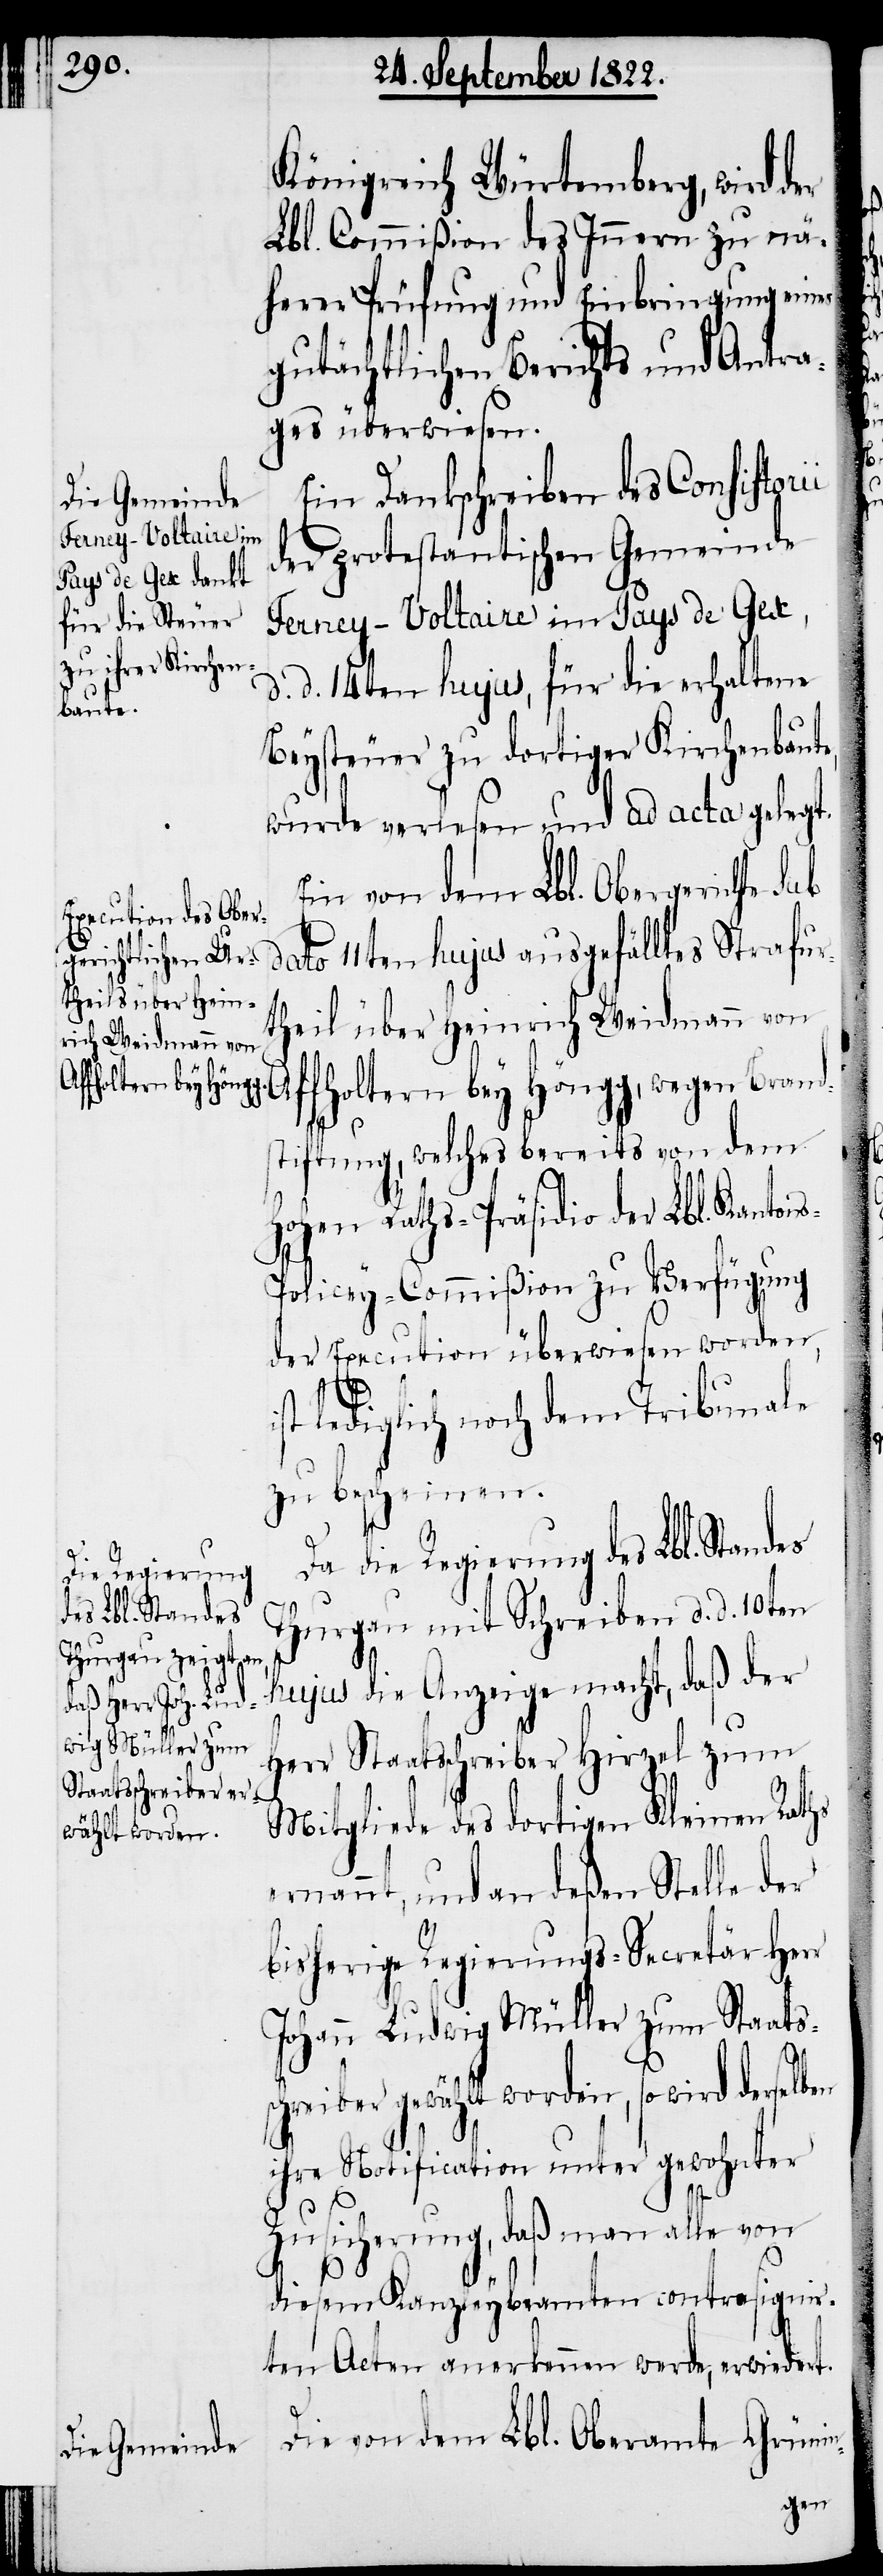
die Regierung
des Lbl. Standes

Königreich Würtemberg, wird
Lbl. Commißion des Innern zu nä¬
herer Prüfung und Einbringung eines
gutächtlichen Berichts und Antra¬
ges überwiesen.
Ein Dankschreiben des Consistori¬
der protestantischen Gemeinde
Ferney-Voltaire im Pays de Gex,
d. d. 14ten hujus, für die erhaltene
Beysteuer zu dortiger Kirchenbaut¬
wurde verlesen und ad acta gelegt.
Ein von dem Lbl. Obergerichte
dato 11ten hujus ausgefülltes Strafur¬
theil über Heinrich Weidmann von
Affoltern bey Höngg, wegen Brand¬
stiftung, welches bereits von dem
Hohen Raths-Präsidio der Lbl. Kanton¬
s-Policey-Commißion zu Verfügung
der Execution überwiesen worden,
st lediglich noch dem Tribunale
zu bescheinen.
Thurgau mit Schreiben d. d. 10ten
hujus die Anzeige macht, daß der
Herr Staatsschreiber Hirzel zum
Mitgliede des dortigen Kleinen Raths
ernannt, und an deßen Stelle der
bisherige Regierungs-Secretär Herr
Johann Ludwig Müller zum Staats¬
schreiber gewählt worden, so wird derselben
ihre Notification unter gewohnter
Zusicherung, daß man alle von
i¬
diesem Kanzleybeamten contrasignir¬
ten Acten anerkennen werde, erwiedert.
Die von dem Lbl. Oberamte Grünin-